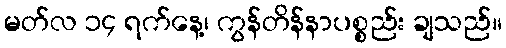
မတ်လ ၁၄ ရက်နေ့၊ ကွန်တိန်နာပစ္စည်း ချသည်။